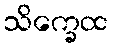
သိက္ခေထ